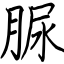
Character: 脲